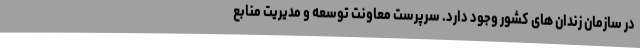
در سازمان زندان های کشور وجود دارد. سرپرست معاونت توسعه و مدیریت منابع